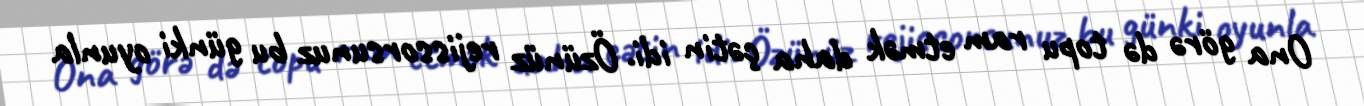
Ona görə də topu ram etmək daha çətin idi. Özünüz rejissorsunuz bu günki oyunla